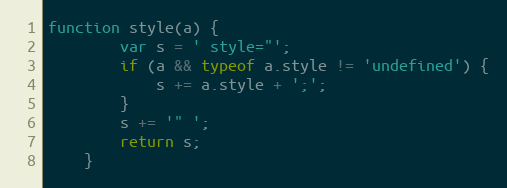
Language: JavaScript
function style(a) {
		var s = ' style="';
		if (a && typeof a.style != 'undefined') {
			s += a.style + ';';
		}
		s += '" ';
		return s;
	}